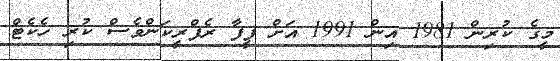
މީގެ ކުރިން 1981 އިން 1991 އަށް ފީފާ ރެފްރީކަންވެސް ކުރި ހެކެޓް